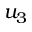
u _ { 3 }